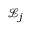
\mathcal { L } _ { j }